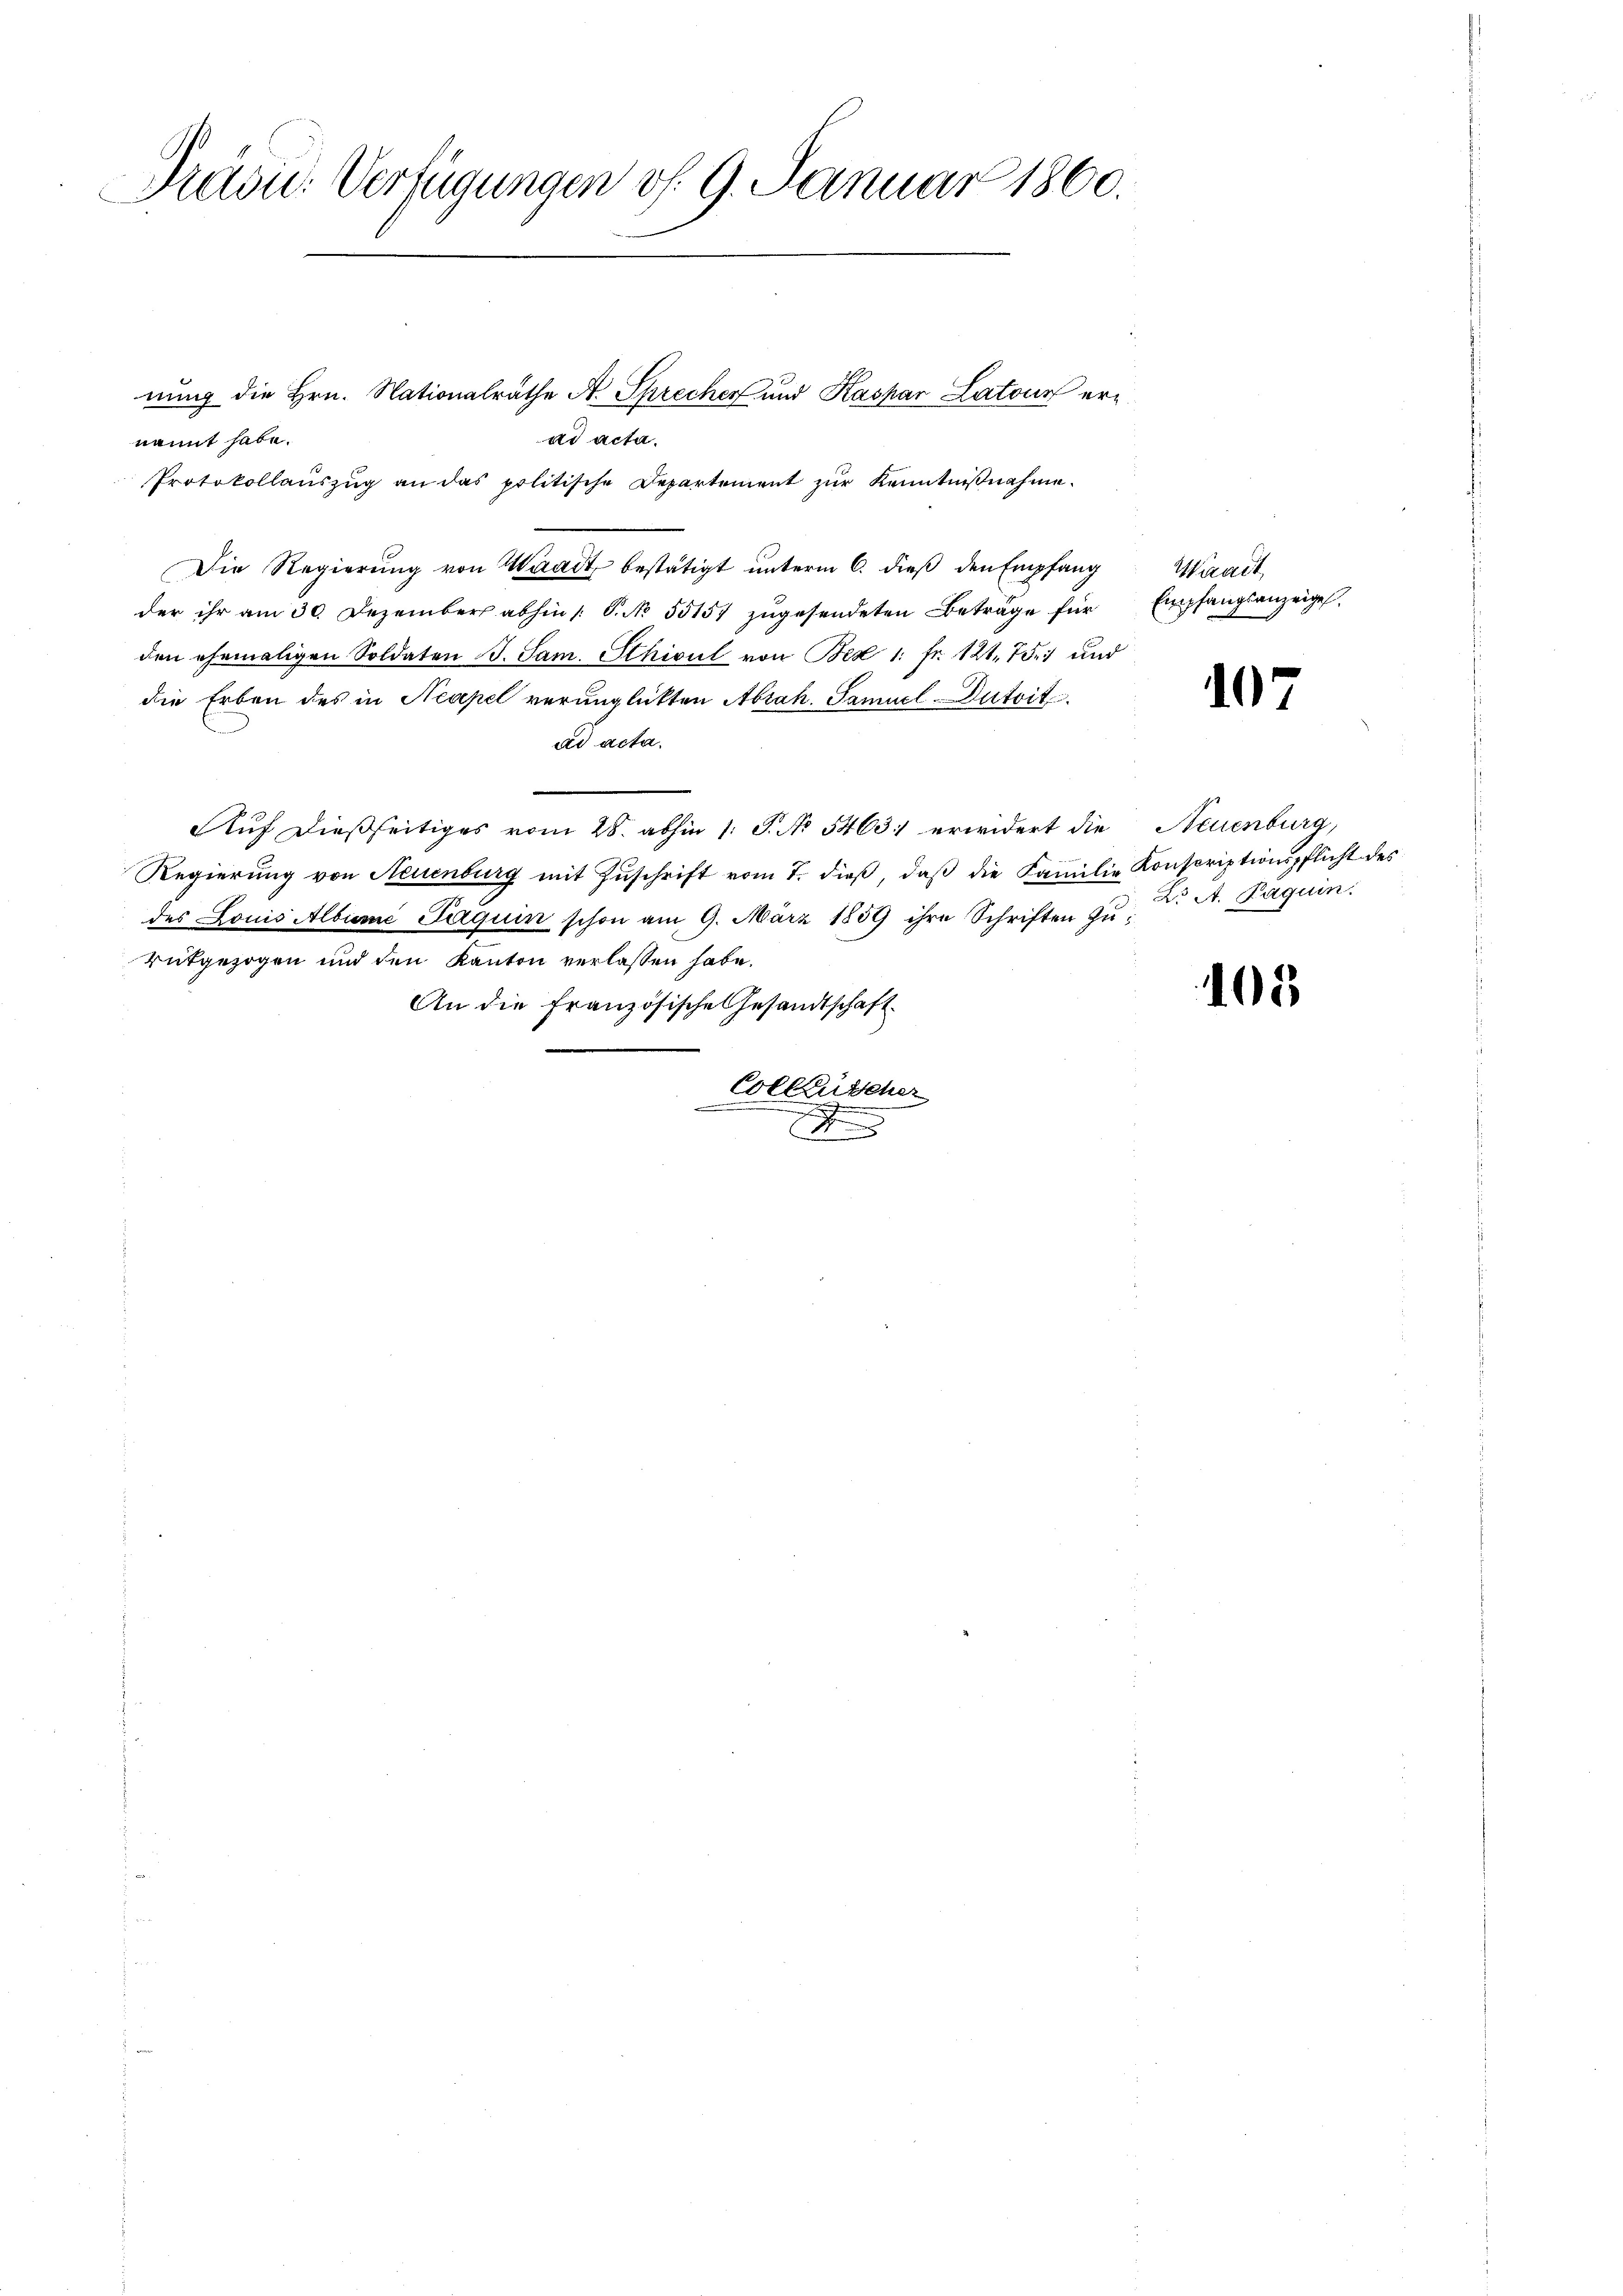
Präsu. Verfügungen d. 9. Januar 1860.

nung die Hrn. Nationalrathe A. Sprecher und Kaspar Latour erad acta.
nannt habe.
Protokollaŭszŭg an das politische Departement zŭr Kenntniβnahme.
Die Regierung von Waadt bestätigt unterm 6. dieß den Empfang
der ihr am 30. Dezember abhin /: P. No. 55157 zugesendeten Beträge für Empfangsanzeigel.
den ehemaligen Soldaten B. Sam. Sthicul von Bex 1: Fr. 121. 751 und
die Erben des in Neapel verunglickten Abzah. Samuel-Dutrit
ad acta.
Auf dießseitiges vom 28. abhin 1. P. No 5463 erwidert die Neuenburg,
Regierung von Neuenburg mit Zŭschrift vom 7. dieβ, daβ die Familie Konscriptionspflicht des
des Louis Albumé Paquin schon am 9. März 1889 ihre Schriften zu Dr. A. Paquin.
rütgezogen und den Kanton verlassen habe.
An die Französische Gesandtschaft
Collenscher
.
r

Waadt,

107

5